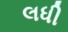
લધી